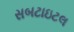
સબટાઇટલ